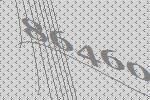
86460